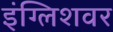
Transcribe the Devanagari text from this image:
इंग्लिशवर